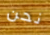
نحن